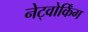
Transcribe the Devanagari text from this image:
नेट्वोर्किंग